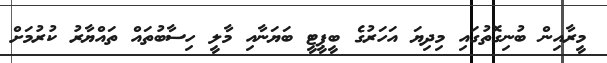
މީރާއިން ބުނިގޮތުގައި މިދިޔަ އަހަރުގެ ބީޕީޓީ ބަޔަނާއި މާލީ ހިސާބުތައް ތައްޔާރު ކުރުމަށް